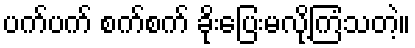
ပက်ပက် စက်စက် ခိုးပြေးမလို့ကြံသတဲ့။